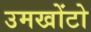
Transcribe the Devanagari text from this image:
उमखोंटो